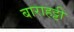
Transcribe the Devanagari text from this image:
बाराहट्टी